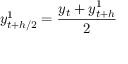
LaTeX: y _ { t + h / 2 } ^ { 1 } = { \frac { y _ { t } + y _ { t + h } ^ { 1 } } { 2 } }